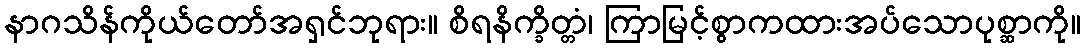
နာဂသိန်ကိုယ်တော်အရှင်ဘုရား။ စိရနိက္ခိတ္တံ၊ ကြာမြင့်စွာကထားအပ်သောပုစ္ဆာကို။